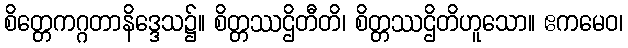
စိတ္တေကဂ္ဂတာနိဒ္ဒေသ၌။ စိတ္တဿဌိတီတိ၊ စိတ္တဿဌိတိဟူသော။ ဧကမေဝ၊